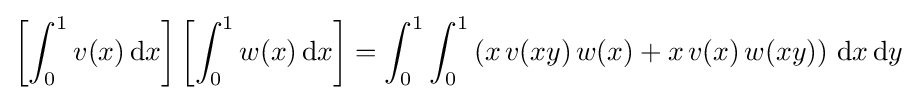
\left[\int _{0}^{1}v(x)\,\mathrm {d} x\right]\left[\int _{0}^{1}w(x)\,\mathrm {d} x\right]=\int _{0}^{1}\int _{0}^{1}\left(x\,v(xy)\,w(x)+x\,v(x)\,w(xy)\right)\,\mathrm {d} x\,\mathrm {d} y